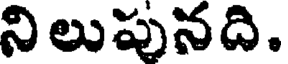
నిలుపునది.